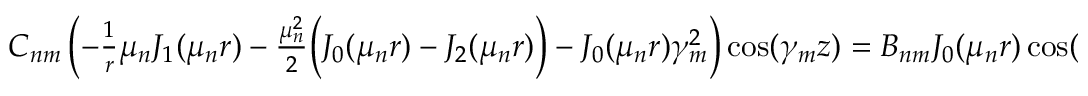
\begin{array} { r } { C _ { n m } \left( - \frac { 1 } { r } \mu _ { n } J _ { 1 } ( \mu _ { n } r ) - \frac { \mu _ { n } ^ { 2 } } { 2 } \Big ( J _ { 0 } ( \mu _ { n } r ) - J _ { 2 } ( \mu _ { n } r ) \Big ) - J _ { 0 } ( \mu _ { n } r ) \gamma _ { m } ^ { 2 } \right) \cos ( \gamma _ { m } z ) = B _ { n m } J _ { 0 } ( \mu _ { n } r ) \cos ( \gamma _ { m } z ) . } \end{array}